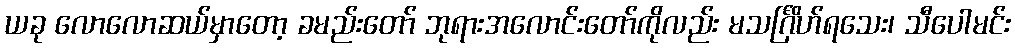
ယခု လောလောဆယ်မှာတော့ ခမည်းတော် ဘုရားအလောင်းတော်ကိုလည်း မသင်္ဂြိဟ်ရသေး၊ သီပေါမင်း